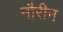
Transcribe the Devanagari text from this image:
नौरीन